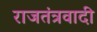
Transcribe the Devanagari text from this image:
राजतंत्रवादी